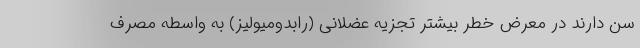
سن دارند در معرض خطر بیشتر تجزیه عضلانی (رابدومیولیز) به واسطه مصرف